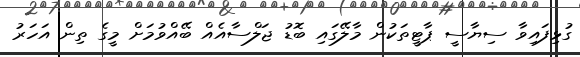
ގުޅިފައިވާ ސިޔާސީ ޕާޓީތަކުން މާލޭގައި ބޮޑު ޖަލްސާއެއް ބޭއްވުމަށް މީގެ ތިން އަހަރު